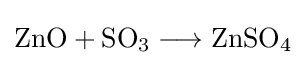
{\mathrm {ZnO} {}+{}\mathrm {SO} {\vphantom {A}}_{\smash[{t}]{3}}{}\mathrel {\longrightarrow } {}\mathrm {ZnSO} {\vphantom {A}}_{\smash[{t}]{4}}}